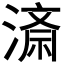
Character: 𭲍